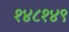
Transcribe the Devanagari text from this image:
१४८१४९